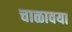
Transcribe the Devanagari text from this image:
चाळावया